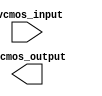
module IO_Block (
    input wire lvcmos_input,
    output reg lvcmos_output
);

// LVCMOS Buffer code here

endmodule